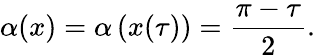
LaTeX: \alpha(x)=\alpha\left({x(\tau)}\right)=\frac{\pi-\tau}{2}.